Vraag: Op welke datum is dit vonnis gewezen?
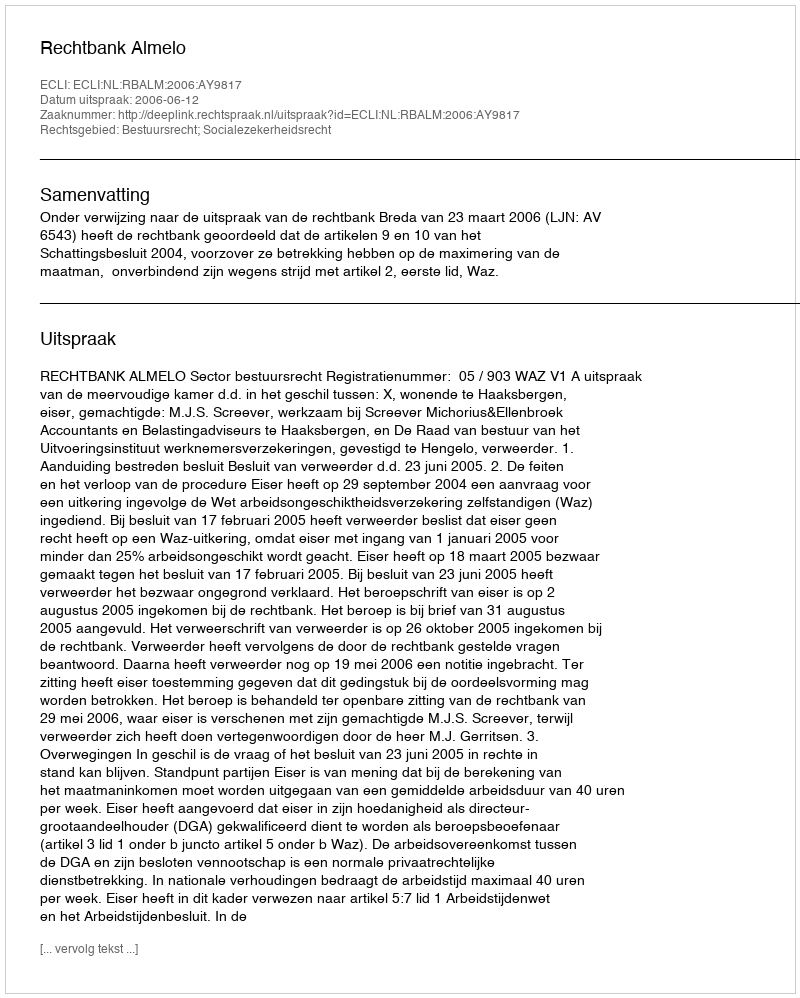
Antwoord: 2006-06-12